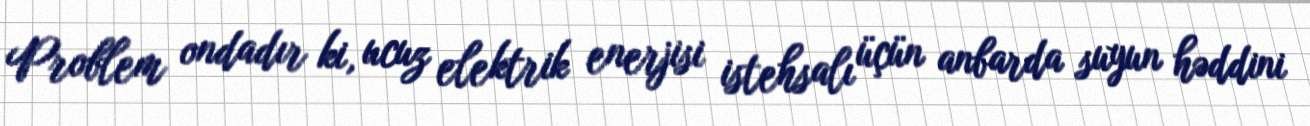
Problem ondadır ki, ucuz elektrik enerjisi istehsalı üçün anbarda suyun həddini